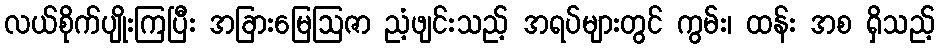
လယ်စိုက်ပျိုးကြပြီး အခြားမြေဩဇာ ညံ့ဖျင်းသည့် အရပ်များတွင် ကွမ်း၊ ထန်း အစ ရှိသည့်